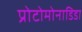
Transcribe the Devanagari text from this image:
प्रोटोमोनाडिडा